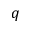
q